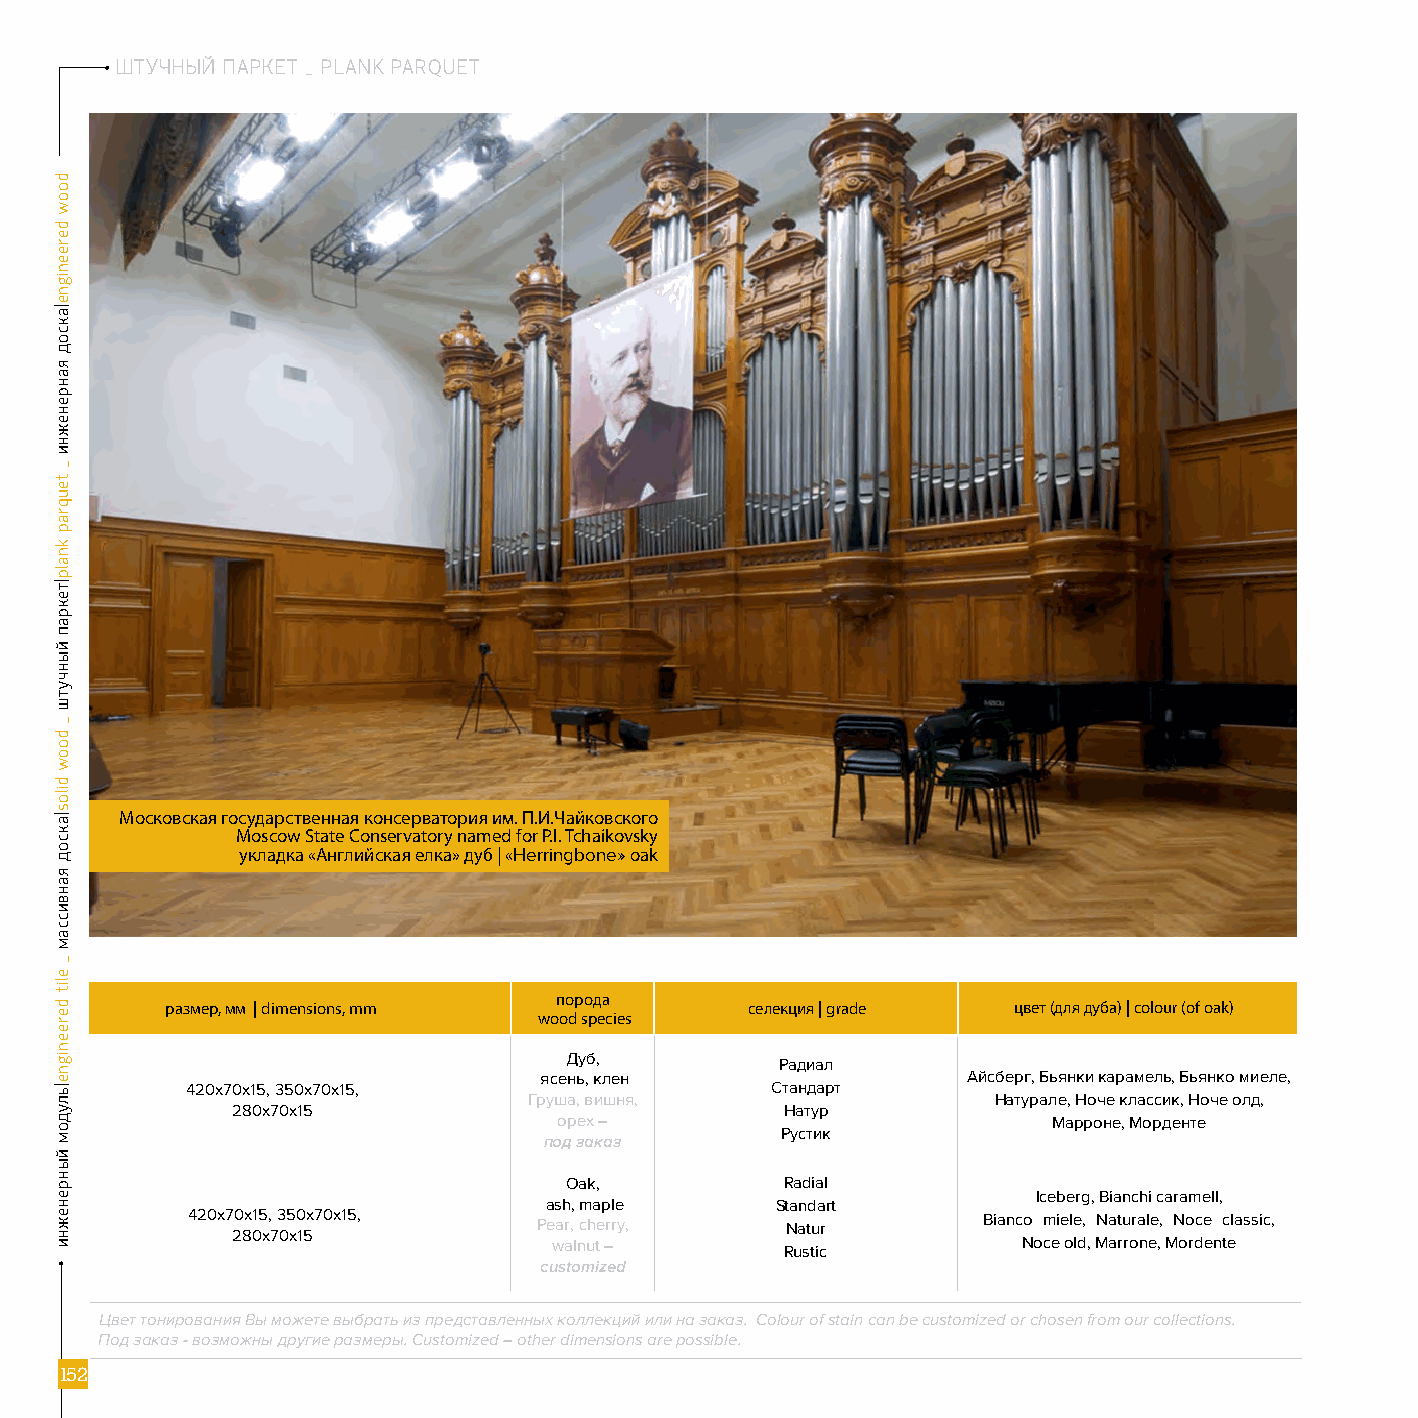
ШТУЧНЫЙ      ПАРКЕТ
 ШШИНТТУЖУЧЧЕНННЫЫЕЙРЙН ППЫААЙРР ККПЕЕАТТР К__ ЕPPТlLA A nENnKKG PiPnAAERREQQRUUEEDETT P ARQUET
 Московская государственная консерватория им. П.И.Чайковского
 Moscow State Conservatory named for p.I. Tchaikovsky
 укладка «Английская елка» дуб | «Herringbone» oak
 порода
 размер, мм | dimensions, mm           селекция | grade  цвет (для дуба) | colour (of oak)
 wood species
 Дуб,
 Радиал
 ясень, клен                 Айсберг, Бьянки карамель, Бьянко миеле,
 420х70х15, 350х70х15,                  Стандарт
 Груша, вишня,                  Натурале, Ноче классик, Ноче олд,
 280х70х15                            Натур
 орех –                           Марроне, Морденте
 Рустик
 под заказ
 Oak,           Radial
 Iceberg, Bianchi caramell,
 ash, maple     Standart
 420х70х15, 350х70х15,   Pear, cherry,   Natur        Bianco miele, Naturale, Noce classic,
 280х70х15
 walnut –       Rustic          Noce old, Marrone, Mordente
 сustomized
 Цвет тонирования Вы можете выбрать из представленных коллекций или на заказ. Colour of stain can be customized or chosen from our collections.
 Под заказ - возможны другие размеры. Customized – other dimensions are possible.
 111155552222
 d dooooww
 d deerreeeennigignnee|а|аккссоодд
 я яааннррееннеежжннии
 __
 tteeuuqqrraapp
 kknnaallpp|т|тееккрраапп
 ййыыннччууттшш
 __
 ddooooww
 ddiillooss||ааккссоодд
 яяааннввииссссаамм
 __
 eelliitt
 ddeerreeeenniiggnnee||ььллууддоомм
 ййыыннррееннеежжннии